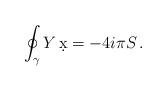
LaTeX: \begin{align*}\oint_{\gamma} Y\, \d x = -4i\pi S\, .\end{align*}